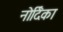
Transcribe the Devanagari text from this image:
नोर्दिका